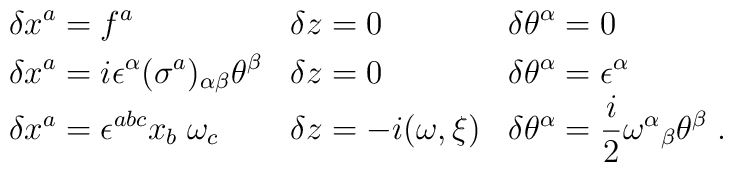
\begin{array}{lll}\displaystyle\delta x^a=f^a &\displaystyle \delta z=0&\displaystyle \delta\theta^\alpha=0\\[1mm]\displaystyle\delta{x^a}=i\epsilon^{\alpha}(\sigma^a)_{\alpha\beta}\theta^\beta&\displaystyle\delta z=0 & \displaystyle \delta\theta^\alpha=\epsilon^\alpha\\\displaystyle \delta x^a=\epsilon^{abc}x_b\;\omega_c&\displaystyle \delta z=-i(\omega,\xi) &\displaystyle\delta\theta^\alpha=\frac{i}{2}\omega^\alpha{}_\beta\theta^\beta\;.\end{array}